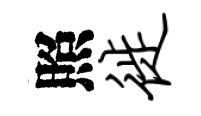
照徙